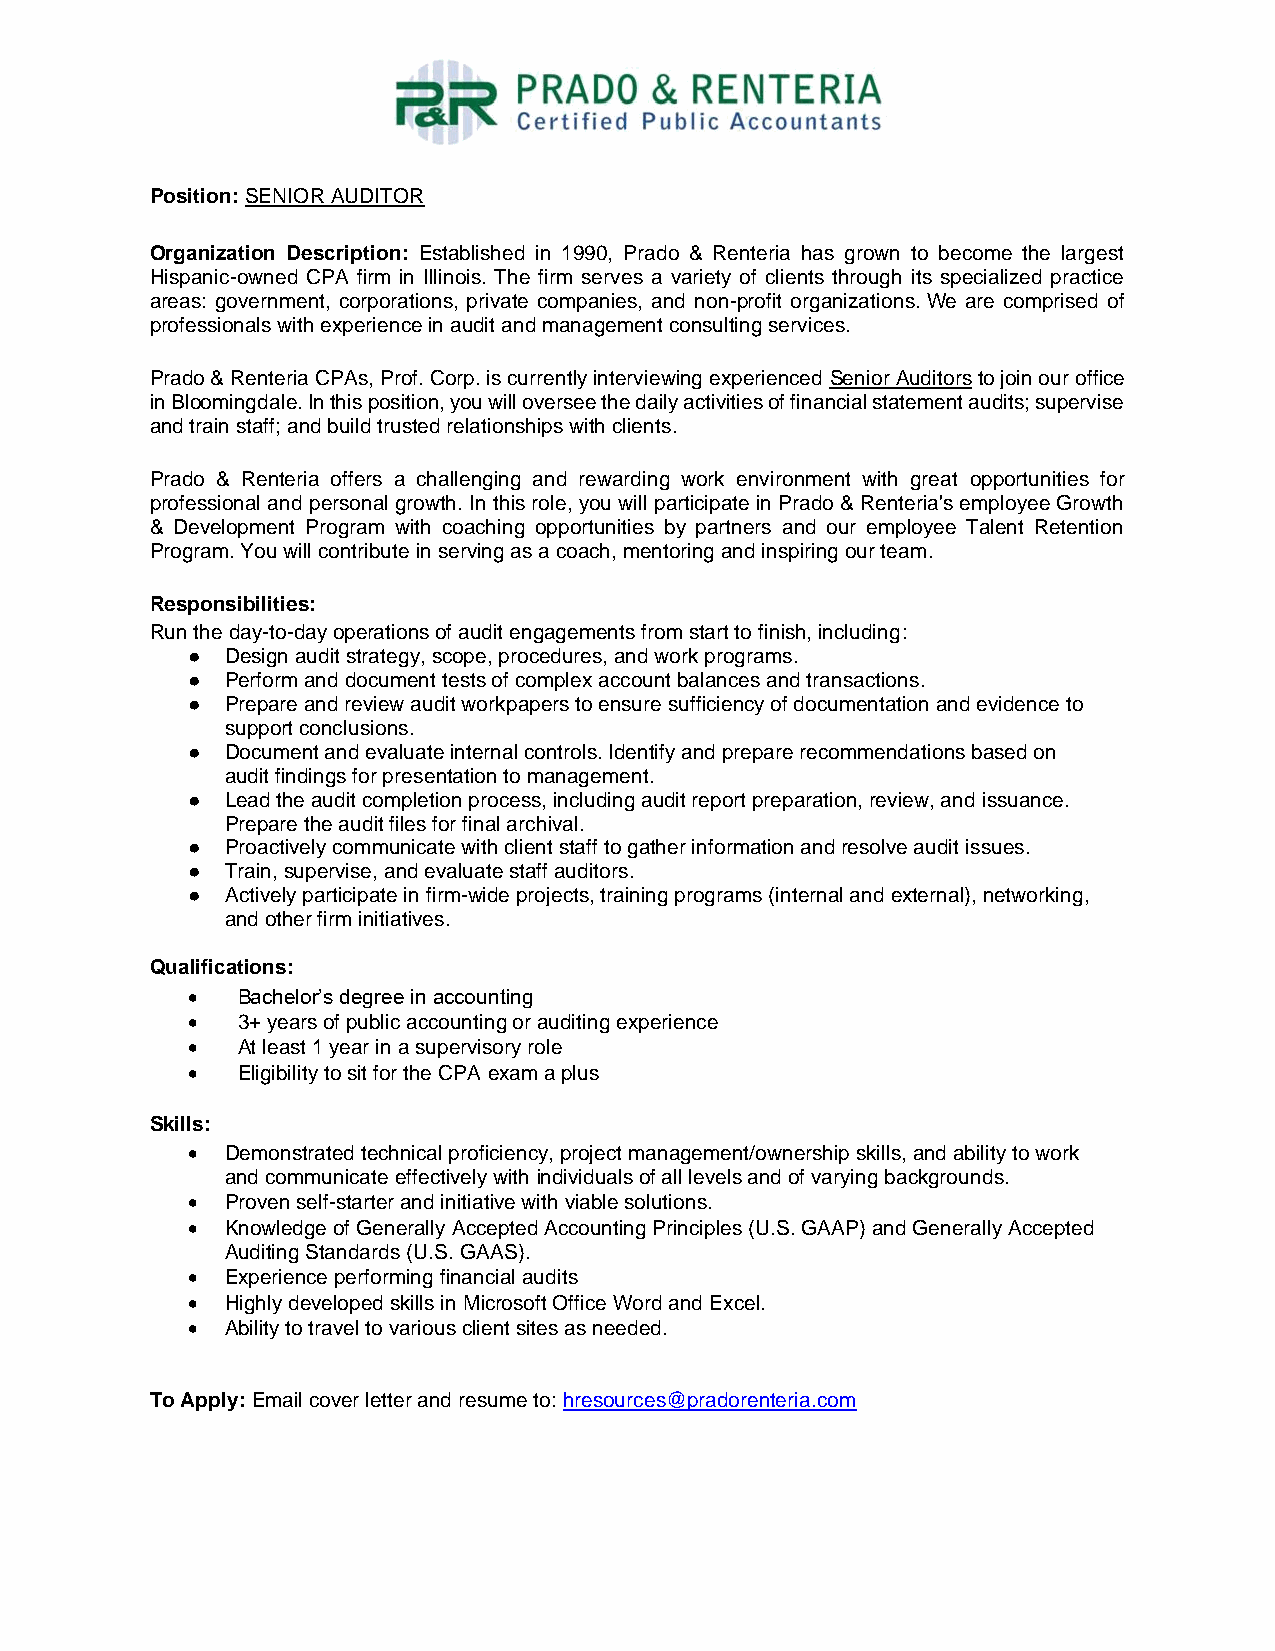
Position: SENIOR AUDITOR
 Organization Description: Established in 1990, Prado & Renteria has grown to become the largest
 Hispanic-owned CPA firm in Illinois. The firm serves a variety of clients through its specialized practice
 areas: government, corporations, private companies, and non-profit organizations. We are comprised of
 professionals with experience in audit and management consulting services.
 Prado & Renteria CPAs, Prof. Corp. is currently interviewing experienced Senior Auditors to join our office
 in Bloomingdale. In this position, you will oversee the daily activities of financial statement audits; supervise
 and train staff; and build trusted relationships with clients.
 Prado & Renteria offers a challenging and rewarding work environment with great opportunities for
 professional and personal growth. In this role, you will participate in Prado & Renteria's employee Growth
 & Development Program with coaching opportunities by partners and our employee Talent Retention
 Program. You will contribute in serving as a coach, mentoring and inspiring our team.
 Responsibilities:
 Run the day-to-day operations of audit engagements from start to finish, including:
 ●  Design audit strategy, scope, procedures, and work programs.
 ●  Perform and document tests of complex account balances and transactions.
 ●  Prepare and review audit workpapers to ensure sufficiency of documentation and evidence to
 support conclusions.
 ●  Document and evaluate internal controls. Identify and prepare recommendations based on
 audit findings for presentation to management.
 ●  Lead the audit completion process, including audit report preparation, review, and issuance.
 Prepare the audit files for final archival.
 ●  Proactively communicate with client staff to gather information and resolve audit issues.
 ●  Train, supervise, and evaluate staff auditors.
 ●  Actively participate in firm-wide projects, training programs (internal and external), networking,
 and other firm initiatives.
 Qualifications:
 •   Bachelor’s degree in accounting
 •   3+ years of public accounting or auditing experience
 •   At least 1 year in a supervisory role
 •   Eligibility to sit for the CPA exam a plus
 Skills:
 •  Demonstrated technical proficiency, project management/ownership skills, and ability to work
 and communicate effectively with individuals of all levels and of varying backgrounds.
 •  Proven self-starter and initiative with viable solutions.
 •  Knowledge of Generally Accepted Accounting Principles (U.S. GAAP) and Generally Accepted
 Auditing Standards (U.S. GAAS).
 •  Experience performing financial audits
 •  Highly developed skills in Microsoft Office Word and Excel.
 •  Ability to travel to various client sites as needed.
 To Apply: Email cover letter and resume to: hresources@pradorenteria.com